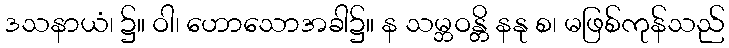
ဒသနာယံ၊ ၌။ ဝါ၊ ဟောသောအခါ၌။ န သမ္ဘဝန္တိ နနု စ၊ မဖြစ်ကုန်သည်